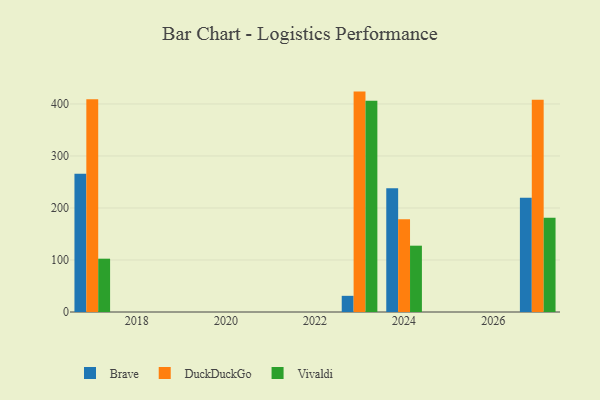
{"axis": {"x": "Year", "y": "Budget (USD K)"}, "legend": ["Brave", "DuckDuckGo", "Vivaldi"], "data": [{"x": "2027", "y": 219.5, "type": "Brave"}, {"x": "2027", "y": 408.0, "type": "DuckDuckGo"}, {"x": "2027", "y": 181.2, "type": "Vivaldi"}, {"x": "2023", "y": 31.1, "type": "Brave"}, {"x": "2023", "y": 423.8, "type": "DuckDuckGo"}, {"x": "2023", "y": 406.3, "type": "Vivaldi"}, {"x": "2024", "y": 238.1, "type": "Brave"}, {"x": "2024", "y": 178.2, "type": "DuckDuckGo"}, {"x": "2024", "y": 127.5, "type": "Vivaldi"}, {"x": "2017", "y": 265.6, "type": "Brave"}, {"x": "2017", "y": 409.0, "type": "DuckDuckGo"}, {"x": "2017", "y": 102.5, "type": "Vivaldi"}]}